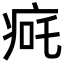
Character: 𬏨